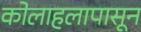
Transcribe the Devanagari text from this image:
कोलाहलापासून